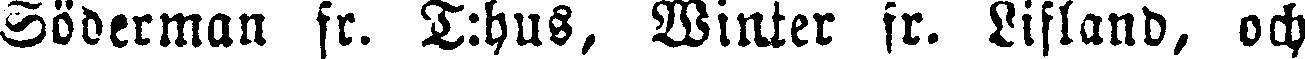
Söderman fr. T:hus, Winter fr. Lifland, och